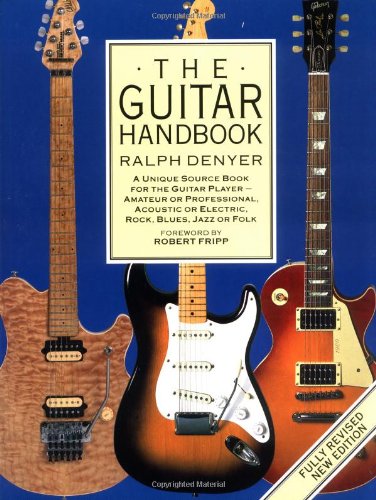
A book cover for The Guitar Handbook; Ralph Denyer; Arts & Photography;